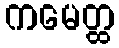
ကမေတ္ထ